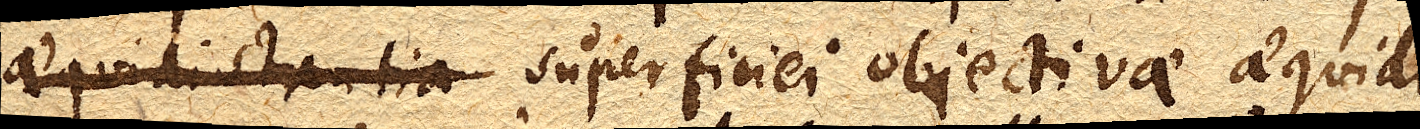
aequidistantia superficiei objectivae aequidi–